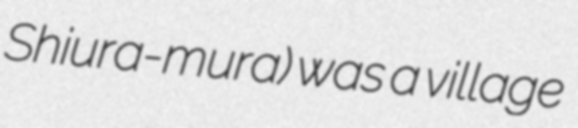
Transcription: Shiura-mura) was a village